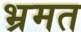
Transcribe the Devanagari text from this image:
भ्रमत